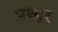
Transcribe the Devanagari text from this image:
पथ्हर